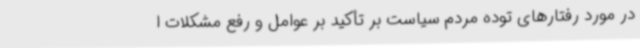
در مورد رفتارهای توده مردم سیاست بر تأکید بر عوامل و رفع مشکلات ا